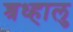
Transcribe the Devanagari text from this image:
श्रध्हालु